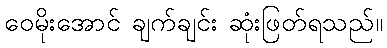
ဝေမိုးအောင် ချက်ချင်း ဆုံးဖြတ်ရသည်။